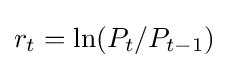
r_{t}=\ln(P_{t}/P_{t-1})